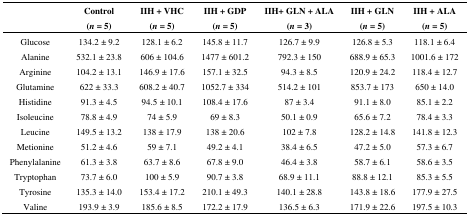
<table><thead><tr><td></td><td><b>Control (<i>n</i> = 5)</b></td><td><b>IIH + VHC (<i>n</i> = 5)</b></td><td><b>IIH + GDP (<i>n</i> = 5)</b></td><td><b>IIH+ GLN + ALA (<i>n</i> = 3)</b></td><td><b>IIH + GLN (<i>n</i> = 5)</b></td><td><b>IIH + ALA (<i>n</i> = 5)</b></td></tr></thead><tbody><tr><td>Glucose</td><td>134.2 ± 9.2</td><td>128.1 ± 6.2</td><td>145.8 ± 11.7</td><td>126.7 ± 9.9</td><td>126.8 ± 5.3</td><td>118.1 ± 6.4</td></tr><tr><td>Alanine</td><td>532.1 ± 23.8</td><td>606 ± 104.6</td><td>1477 ± 601.2</td><td>792.3 ± 150</td><td>688.9 ± 65.3</td><td>1001.6 ± 172</td></tr><tr><td>Arginine</td><td>104.2 ± 13.1</td><td>146.9 ± 17.6</td><td>157.1 ± 32.5</td><td>94.3 ± 8.5</td><td>120.9 ± 24.2</td><td>118.4 ± 12.7</td></tr><tr><td>Glutamine</td><td>622 ± 33.3</td><td>608.2 ± 40.7</td><td>1052.7 ± 334</td><td>514.2 ± 101</td><td>853.7 ± 173</td><td>650 ± 14.0</td></tr><tr><td>Histidine</td><td>91.3 ± 4.5</td><td>94.5 ± 10.1</td><td>108.4 ± 17.6</td><td>87 ± 3.4</td><td>91.1 ± 8.0</td><td>85.1 ± 2.2</td></tr><tr><td>Isoleucine</td><td>78.8 ± 4.9</td><td>74 ± 5.9</td><td>69 ± 8.3</td><td>50.1 ± 0.9</td><td>65.6 ± 7.2</td><td>78.4 ± 3.3</td></tr><tr><td>Leucine</td><td>149.5 ± 13.2</td><td>138 ± 17.9</td><td>138 ± 20.6</td><td>102 ± 7.8</td><td>128.2 ± 14.8</td><td>141.8 ± 12.3</td></tr><tr><td>Metionine</td><td>51.2 ± 4.6</td><td>59 ± 7.1</td><td>49.2 ± 4.1</td><td>38.4 ± 6.5</td><td>47.2 ± 5.0</td><td>57.3 ± 6.7</td></tr><tr><td>Phenylalanine</td><td>61.3 ± 3.8</td><td>63.7 ± 8.6</td><td>67.8 ± 9.0</td><td>46.4 ± 3.8</td><td>58.7 ± 6.1</td><td>58.6 ± 3.5</td></tr><tr><td>Tryptophan</td><td>73.7 ± 6.0</td><td>100 ± 5.9</td><td>90.7 ± 3.8</td><td>68.9 ± 11.1</td><td>88.8 ± 12.1</td><td>85.3 ± 5.5</td></tr><tr><td>Tyrosine</td><td>135.3 ± 14.0</td><td>153.4 ± 17.2</td><td>210.1 ± 49.3</td><td>140.1 ± 28.8</td><td>143.8 ± 18.6</td><td>177.9 ± 27.5</td></tr><tr><td>Valine</td><td>193.9 ± 3.9</td><td>185.6 ± 8.5</td><td>172.2 ± 17.9</td><td>136.5 ± 6.3</td><td>171.9 ± 22.6</td><td>197.5 ± 10.3</td></tr></tbody></table>